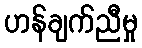
ဟန်ချက်ညီမှု